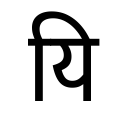
OCR:
यि